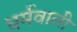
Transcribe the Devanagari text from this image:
धर्मवाली